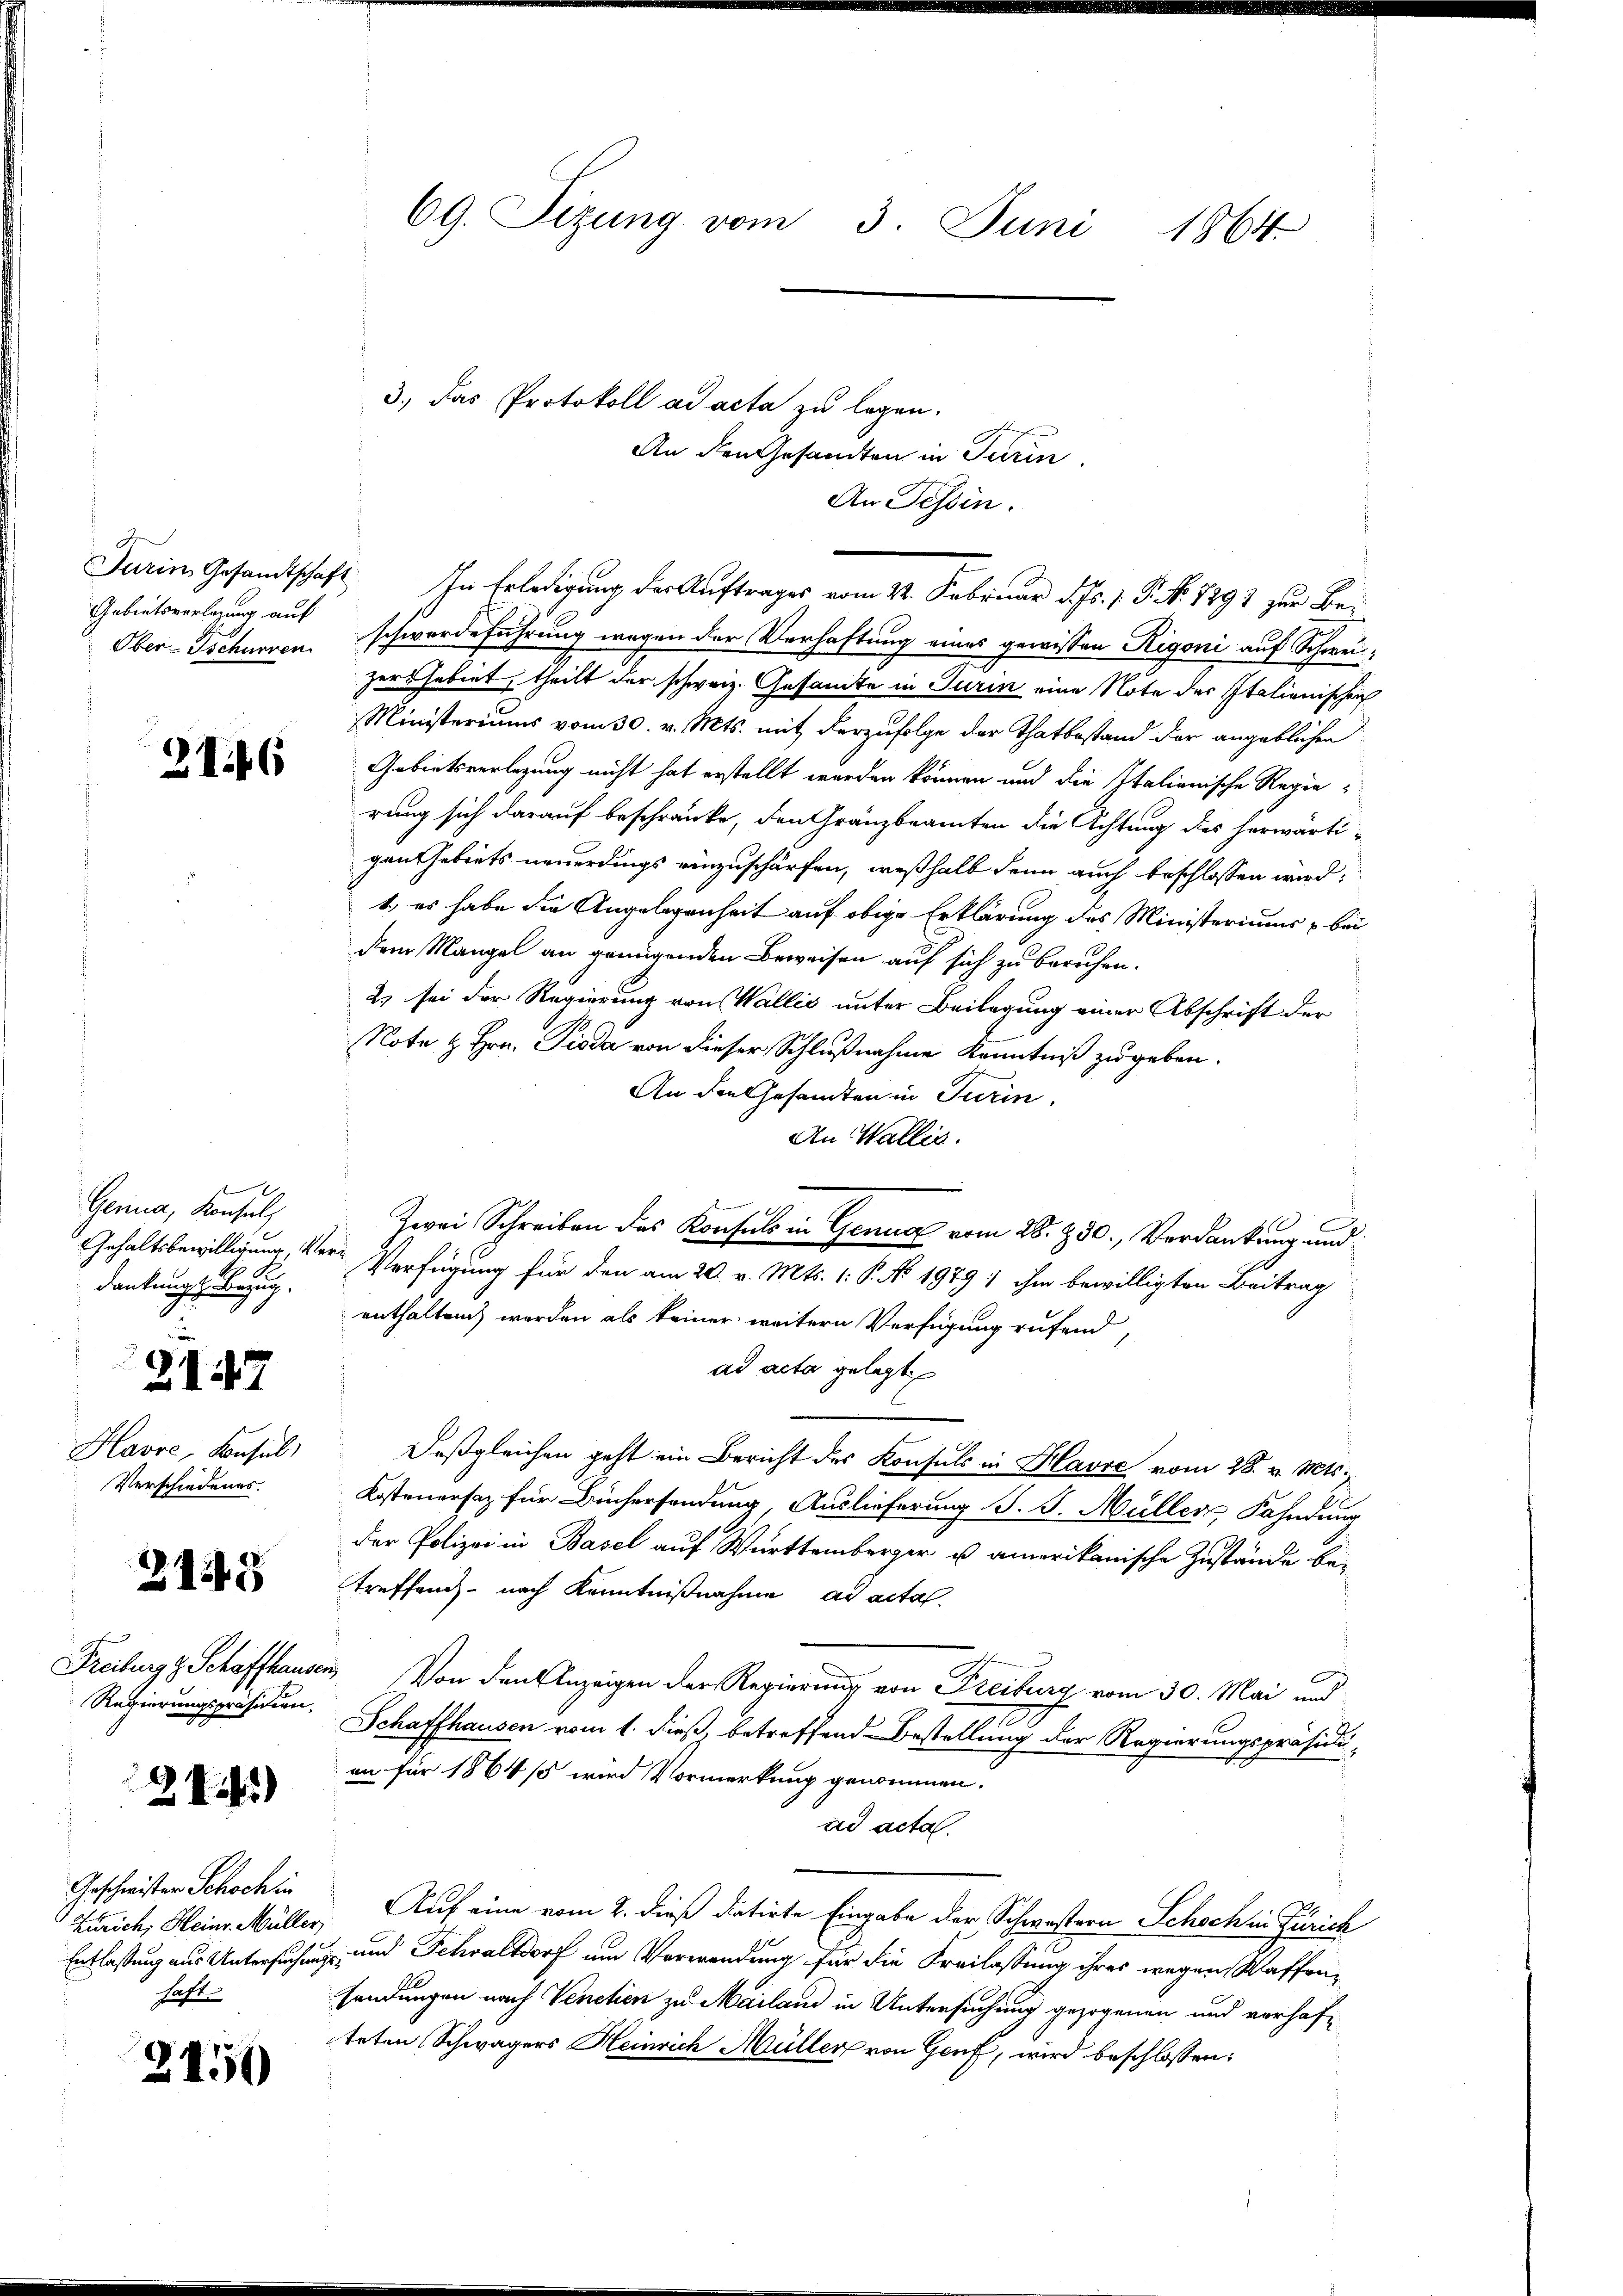
Gebeitsvorlegung auf
Ober-Tschurren

2146

Genua, Konsul
Gehaltsbewilligung, Ver
R S.
dankung Bezug.

3147

Havre, Konsul
Verschiedenes.

2115

Freibungs Schaffhause
Regierungspräsidien.

28)

Geschwister Schoch in
Zürich, Heinr. Müller
Entlassung aus Untersuchung
haft.

2450

An den Gesandten in Turin
An Tessin.
Farim Gesandtschaft. In Erledigung der Auftrages vom 24. Februar d. Js. 1. P. Nr. 1891 zur Beschwerdeführung wegen der Verhaftung eines gewissen Rigoni auf Schweizers habent, theilt der schweiz. Gesamte in Turin eine Note der Italienischei
Ministeriums vom 30. v. Mts. mit derzufolge der Thatbestand der angeblichen
Gebietsverlegung nicht hat erstellt werden können und die Italiarische Regie
rung sich darauf beschränke, den Gränzbeamten die Achtung des herwärti-
gen Gebiets neuerdings einzuschärfen, weßhalb denn auch beschlossen wird,
t, es habe die Angelegenheit auf obige Erklärung des Ministeriums bei
dem Mangel an genügenden Beweisen auf sich zu beruhen.
2. sei der Regierung von Wallis unter Beilegung einer Abschrift der
Note & Hrn. Pioda von dieser Schlußnahme Kenntniß zugeben.
An den Gesamten in Turin.
An Wallis.
Zwei Schreiben des Konsuls in Genug vom 28. 250, Verdankung und
er
Verfügung für den am 20. v. Mts. 1. P. No 1979 1 ihm bewilligten Beitrag
enthalten werden als keiner weitern Verfügung rufend,
ad acta gelegt
Deßgleichen geht ein Bericht des Konsuls in Havre vom 28. v. Mts.,
Kostenersaz für Büchersendung, Auslieferung S. J. Müller, Fahndung
der Polizei in Basel auf Württemberger u amerikanische Zustände be-
treffend nach Kenntnißnahme ad acta.
u. Von den Anzeigen der Regierung von Freiburg vom 30. Mai und
Schaffhausen vom 1. dieß, betreffend Bestellung der Regierungspräsidi-
an für 1864 /5 wird Vormerkung genommen.
ad acta.
Auf eine vom 2. dieß datirte Eingabe der Schwestern Schoch in Zürich
 und Schraltdorf um Verwendung für die Freilassung ihres wegen Waffensendungen nach Venetien zu Mailand in Untersuchung gezogenen und verhafteten Schwagers Heinrich Müller von Genf, wird beschlossen:

69. Sizung vom 3. Juni 1864.

3.) Das Protokoll ad acta zu legen.